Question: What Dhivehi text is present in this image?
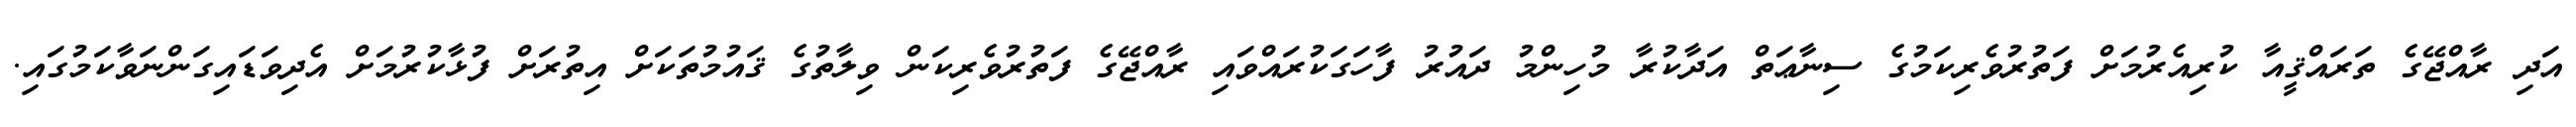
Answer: އަދި ރާއްޖޭގެ ތަރައްޤީއާ ކުރިއެރުމަށް ފަތުރުވެރިކަމުގެ ސިނާޢަތް އަދާކުރާ މުހިންމު ދައުރު ފާހަގަކުރައްވައި ރާއްޖޭގެ ފަތުރުވެރިކަން ވިލާތުގެ ޤައުމުތަކަށް އިތުރަށް ފުޅާކުރުމަށް އެދިވަޑައިގަންނަވާކަމުގައި.